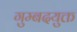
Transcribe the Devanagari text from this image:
गुम्बदयुक्त